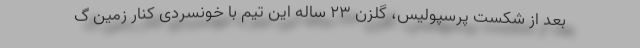
بعد از شکست پرسپولیس، گلزن 23 ساله این تیم با خونسردی کنار زمین گ